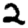
Digit: 2